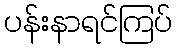
ပန်းနာရင်ကြပ်